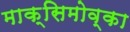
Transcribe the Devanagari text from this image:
माक्सिमोव्का